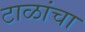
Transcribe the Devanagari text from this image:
टाळांचा